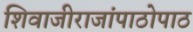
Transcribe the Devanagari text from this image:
शिवाजीराजांपाठोपाठ